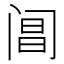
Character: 阊